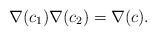
\begin{align*}\nabla(c_1) \nabla(c_2) = \nabla(c). \end{align*}